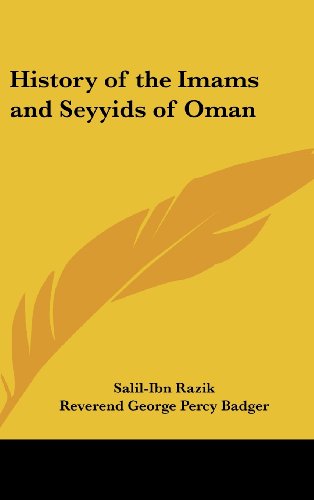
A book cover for History of the Imams and Seyyids of Oman; Salil-Ibn Razik; History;